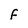
Character: F